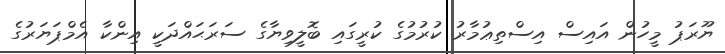
ޔޫރަޕު މީހުން އައިސް އިސްތިޢުމާރު ކުރުމުގެ ކުރީގައި ބޮލީވިޔާގެ ސަރަޙައްދަކީ އިންކާ އެމްޕަޔަރުގެ